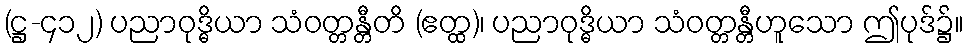
(ဋ္ဌ-၄၁၂) ပညာဝုဒ္ဓိယာ သံဝတ္တန္တီတိ (ဧတ္ထ)၊ ပညာဝုဒ္ဓိယာ သံဝတ္တန္တီဟူသော ဤပုဒ်၌။